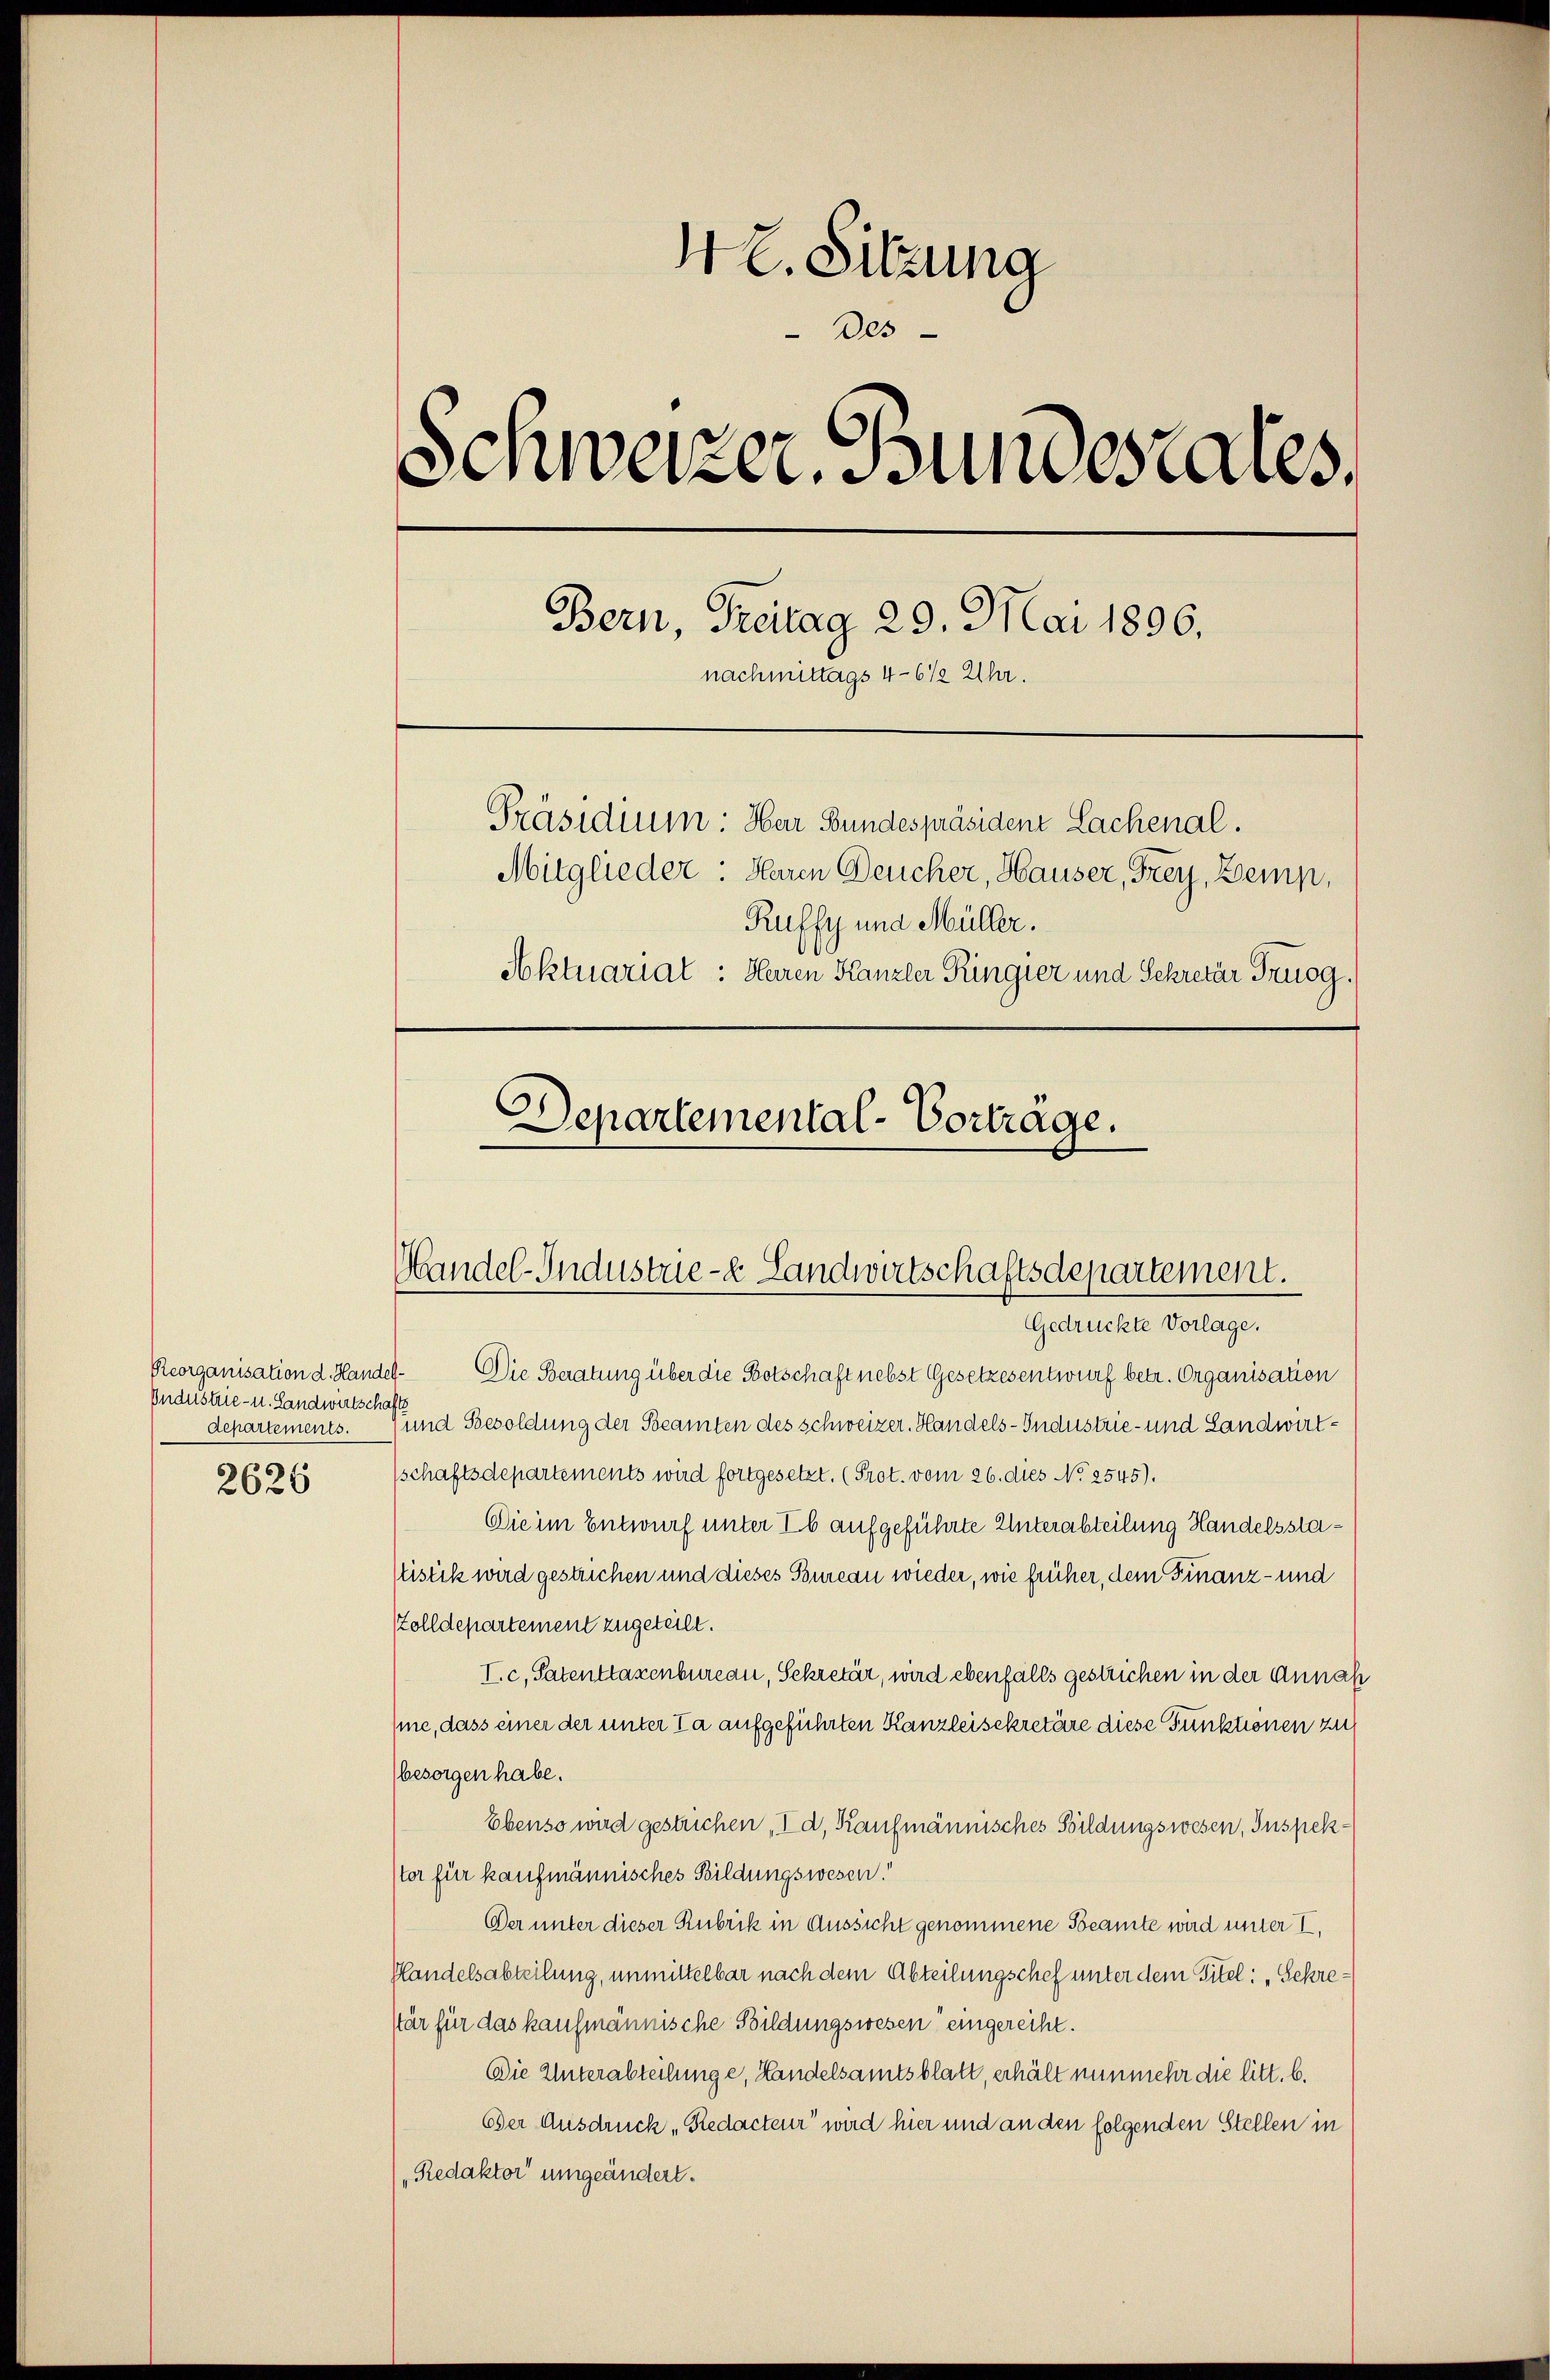
Industrie- u. Landwirtschafts
departements.
2626

4 l. Sitzung
Des
Schweizer. Bundesrates,
Bern, Freitag 29. Mai 1896.
nachmittags 4-6 1/2 Uhr.
Präsidium: Har Bundespräsident Lachenal.
Mitglieder: Heren Deucher, Hauser, Frey, Zemp,
Ruffy und Müller.
Aktuariat: Heren Kanzler Ringier und Sekretär Truog.
Departemental-Vorträge.

Mandel-Industrie- & Landwirtschaftsdepartement.

Gedrückte Vorlage.
Reorganisation d. Handel. Die Beratung über die Botschaft nebst Gesetzesentwurf betr. Organisation
und Besoldung der Beamten des Schweizer. Handels-Industrie- und Landwirt¬
(schaftsdepartements wird fortgesetzt. (Prot. vom 26. dies No 2545).
Die im Entwurf unter Eb aufgeführte Unterabteilung Handelsstaslistik wird gestrichen und dieses Bureau wieder, wie früher, dem Finanz- und
Zolldepartement zugeteilt.
I. c, Patenttaxenbureau, Sekretär, wird ebenfalls gestrichen in der Annah
Ime, dass einer der unter Ta aufgeführten Kanzleisekretäre diese Punktionen zu
(besorgen habe.
Ebenso wird gestrichen „I d, Kaufmännisches Bildungswesen, Inspekster für kaufmännisches Bildungswesen.
Der unter dieser Rubrik in Aussicht genommene Beamte wird unter I,
Handelsabteilung, unmittelbar nach dem Abteilungschef unter dem Titel: „Sekre¬
Ptär für das kaufmännische Bildungswesen eingereiht.
Die Unterabteilunge, Handelsamtsblatt, erhält nunmehr die litt. b.
Der Ausdruck „Redacteur“ wird hier und an den folgenden Stellen in
„Redaktor umgeändert.